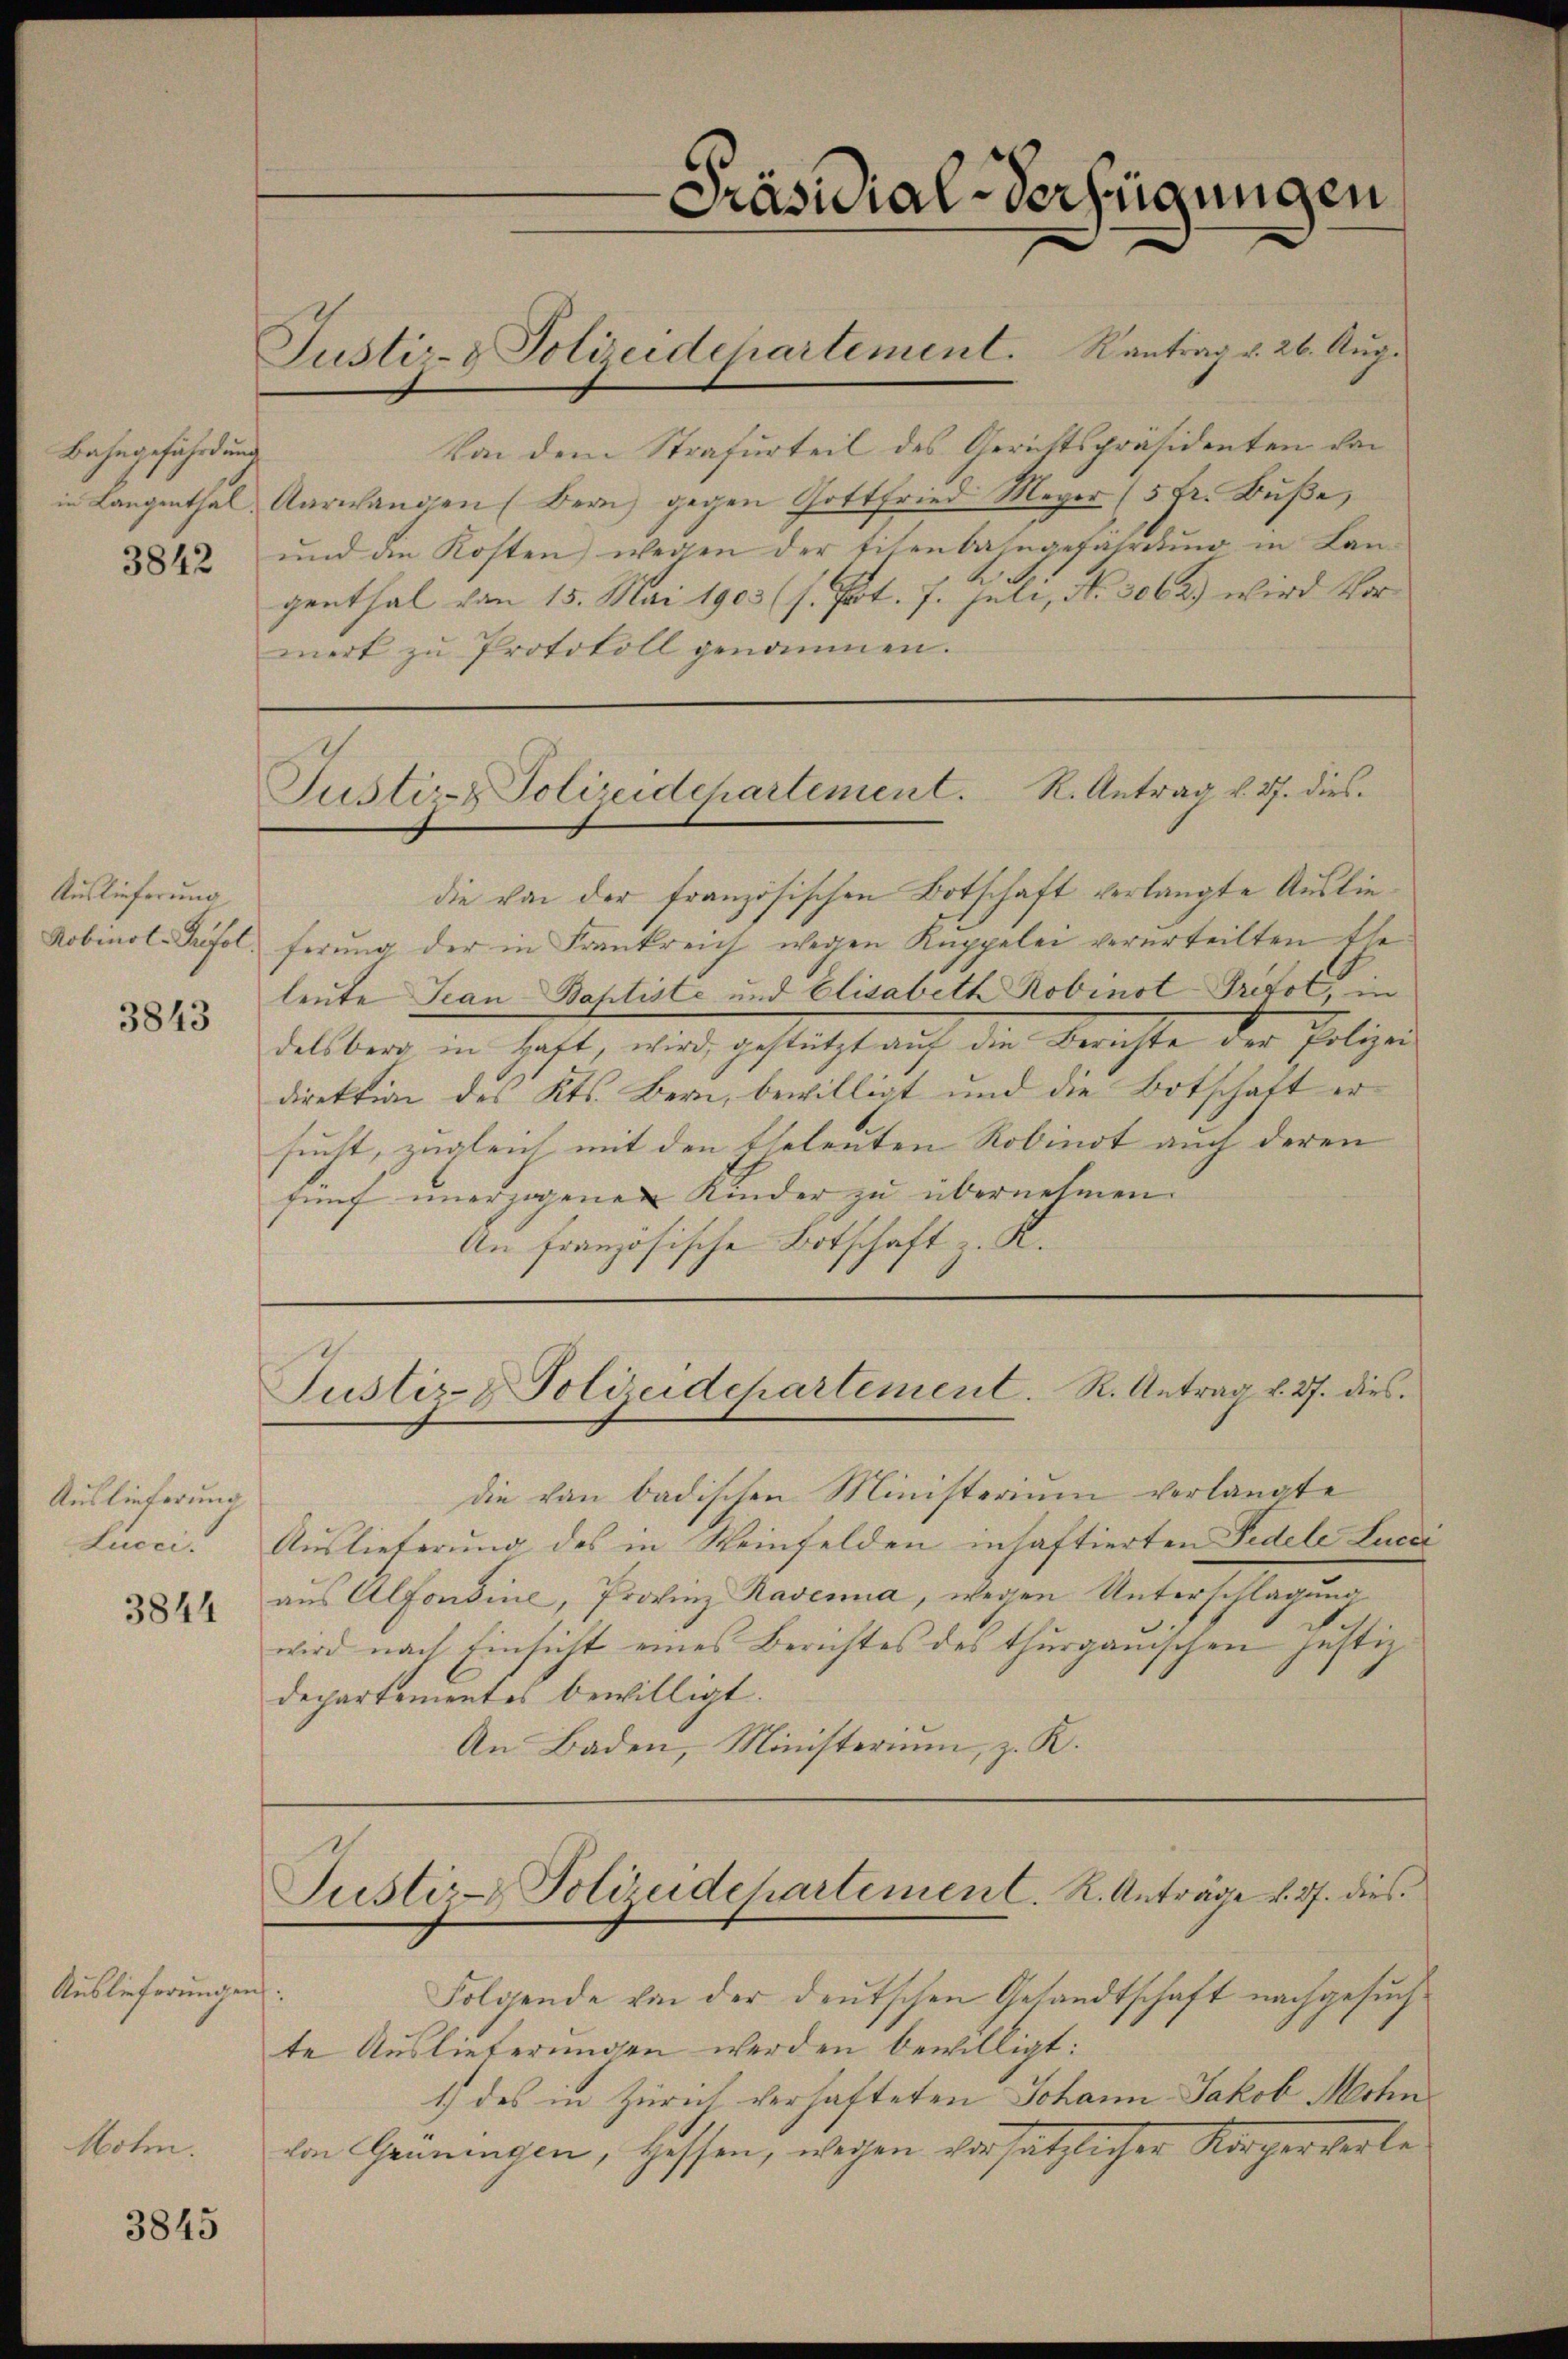
Bahngefährt und
in Langenthal

Moten.

3842

Auslieferung
Robinol-Prifol.

3843

Auslieferung
Lucci.

3844

Auslieferungen.

3845

Von dem Strafurteil des Gerichtspräsidenten von
Aarwangen (Bern, gegen Gottfried Meyer (5 Fr. Buße,
und die Kosten wegen der Eisenbahngefahrung in Lan-
.
genthal von 15. Mai 1903 (s. Pot. 7. Juli, No. 3062) wird Vormerk zu Protokoll genommen.

Präsidial-Verfügungen

Justiz- & Polizeidchartement. R. Antrag v. 27. dies

Justiz- & Polizeidchartement. Kantrag v. 26. Aug.

die von der französischen Botschaft verlangte Auslieferung der in Frankreich wegen Kuppelei verurteilten Ele
leute Jean Baptiste und Elisabeth Robinot Grifol, in
delben in hast, wird gestützt auch der Berichte der Polizei
direktion des Kts. Bern, bewilligt und die Botschaft ersucht, zugleich mit den Eheleuten Robindt auch deren
fünf unerzogenen Kinder zu übernehmen.
An Französische Botschaft z. K.

die von badischen Ministerium verlangte
Auslieferung des in Weinfelden inhaftierten Fidele Lucci
aus Alfondine, Provinz Ravenia, wegen Unterschlagung
wird nach Einsicht eines Berichtes des thurgauischen Justizdepartementes bewilligt.
An Baden, Ministerium, z. K.

Justiz- & Polieidchartement. R. Antrag v. 27. dies

Justiz- Polieidchartement. R. Anträge v. 27. dies

Folgende von der deŭtschen Gesandtschaft nachgesŭch
te Auslieferungen werden bewilligt:
1.) des in Zürich verhafteten Johann Jakob Mohn
von Grüningen, Hessen, wegen vorsätzlicher Körperverte